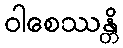
ဝါစေဿန္တိ